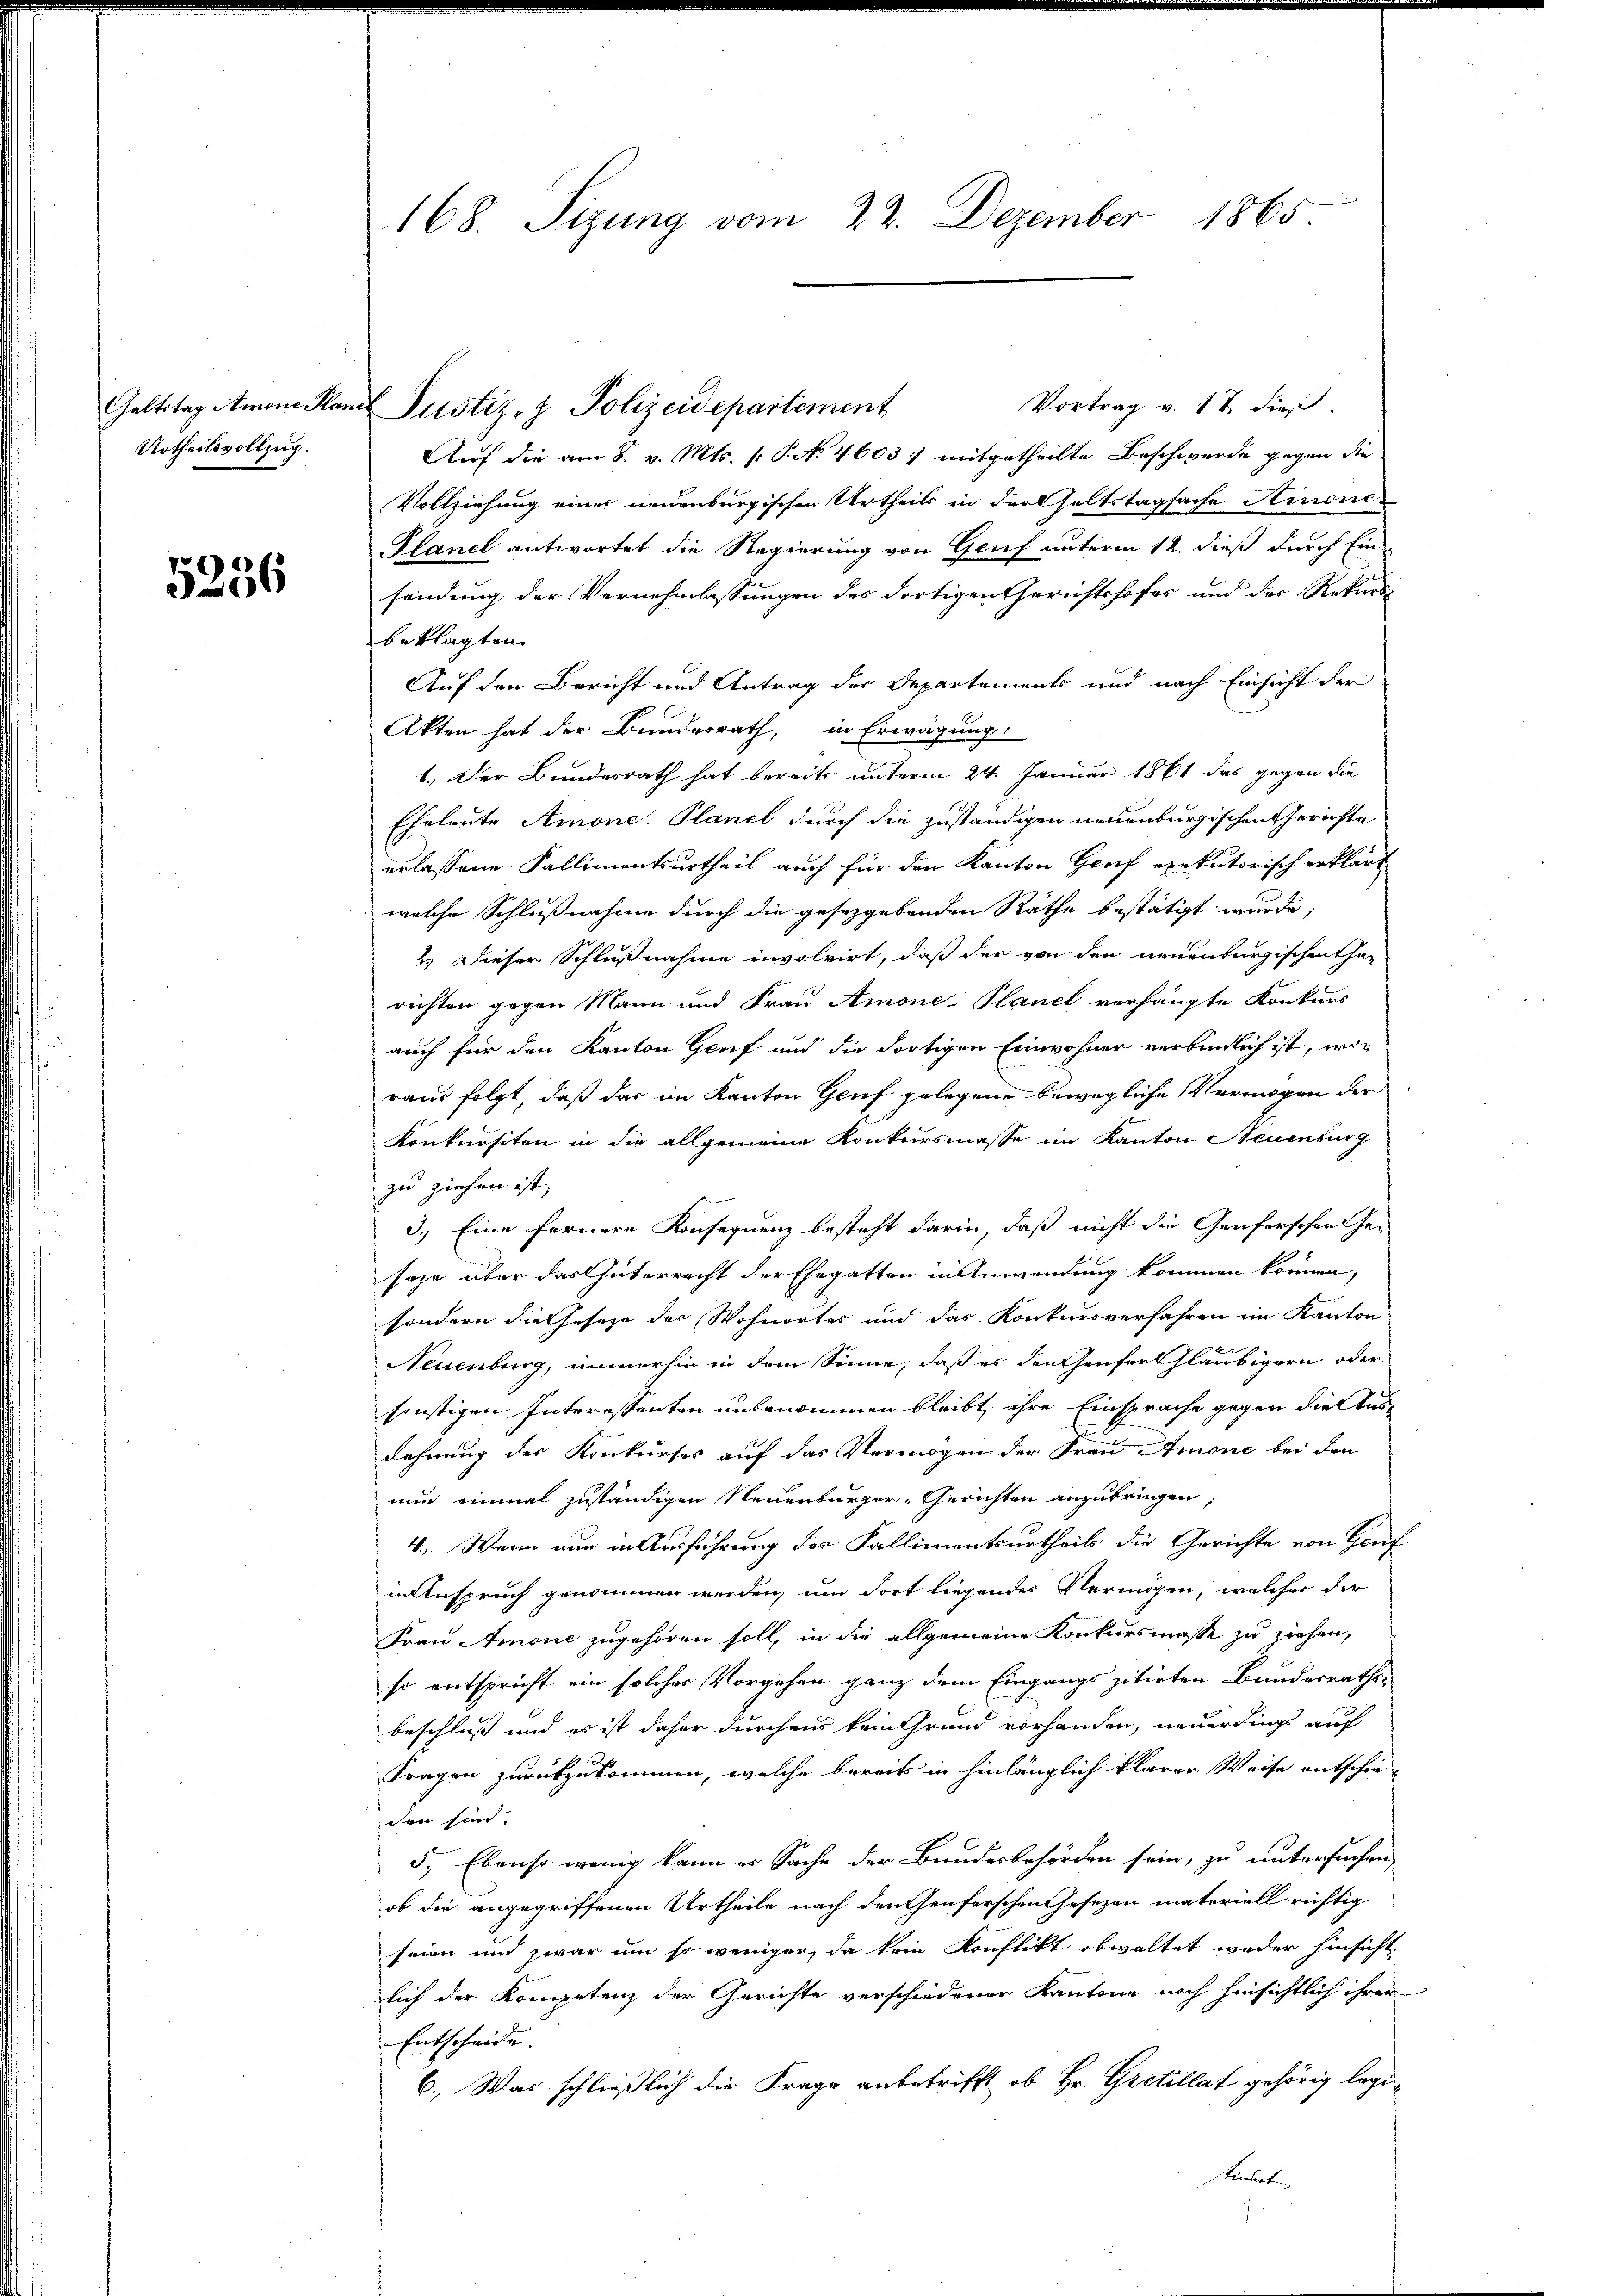
Geltstag Amon Plan
Urtheilsvollzug.

5256

168. Sizung vom 22. Dezember 1865

Vortrag v. 18 dieß.
Justiz- & Polizeidepartement
Auf die am 8. v. Mts. (: P. No 4605) mitgetheilte Beschwerde gegen die
Vollziehung einer neuenburgischen Urtheils in der seltstagsache Hinon
Planel antwortet die Regierung von Genf unterm 12. dieß durch Ein-
sendung der Vernehmlassungen des dortigen Gerichtshofes und der Rekurs
beklagten
Auf den Bericht und Antrag der Departements und nach Einsicht der
Akten hat der Bundesrath, in Erwägung:
1.) Der Brindesrath hat bereits unterm 24. Januar 1861 das gegen die
Eheleute Amone. Planel durch die zuständigen neuenburgischen Gerichte
erlassene Fallimentsurtheil auch für den Kanton Genf exekutorisch erklärt
welche Schlußnahme durch die gesetzgebenden Räthe bestätigt wurde;
2.) Dieser Schlußnahme involvirt, daß der von den neuenburgischentha
richten gegen Mann und Frau Amone-Planel verhängte Konkurs
auch für den Kanton Genf und die dortigen Einwohner verbindlich ist, woraus folgt, daß das im Kanton Genf gelegene bewegliche Vermögen der
Konkursiten in die allgemeine Konkursmasse im Kanton Neuenburg
zu ziehen ist,
3.) Eine fernere Konsequenz besteht darin, daß nicht die Genferschen Ge-
sage über das Interrecht der Ehegatten in Anwendung kommen können,
sondern die Geseze der Wohnorter und das Konkursverfahren im Kanton
Neuenburg, immerhin in dem Sinne, daß es den Genfertgläubigern oder
sonstigen Interessenten unbenommen bleibt, ihre Einsprache gegen die Ausdehnung des Konkurses auf das Vermögen der Frau Amone bei den
nun einmal zuständigen Neuenburger-Gerichten anzubringen,
4. Wenn nun in Ausführung der Fallimentsurtheils die Gerichte von Gauf
in Anspruch genommen werden, um dort liegendes Vermögen, welcher der
Frau Amone zugehören soll, in die allgemeine Konkursmasse zu ziehen,
so entspricht ein solches Vorgehen ganz dem Eingangszitirten Bundesraths-
beschluß und es ist daher durchaus kein Grund vorhanden, neuerdings auf
Fragen zurückzukommen, welche bereits in hinlänglich klarer Weise entschie-
chen sind. |
5., Ebenso wenig kann er Sache der Bundesbehörden sein, zu untersuchen,
ob die angegriffenen Urtheile nach den henforschen Gesetzen materiell richtig
seien und zwar um so weniger, da kein Konflikt obwaltet weder hinsicht
lich der Kompetenz der Gerichte verschiedener Kantone noch hinsichtlich ihren
Entscheide.
6.) Was schließlich die Frage anbetrifft, ob Hr. Grotillat gehörig legi¬
Stindert